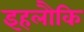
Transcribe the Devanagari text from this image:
इहलौकि